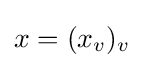
x=(x_{v})_{v}